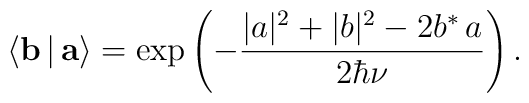
\langle {\bf b}\,|\,{\bf a}\rangle =\exp\left (-\frac{|a|^2+|b|^2 -2b^*\,a}{2\hbar\nu} \right).